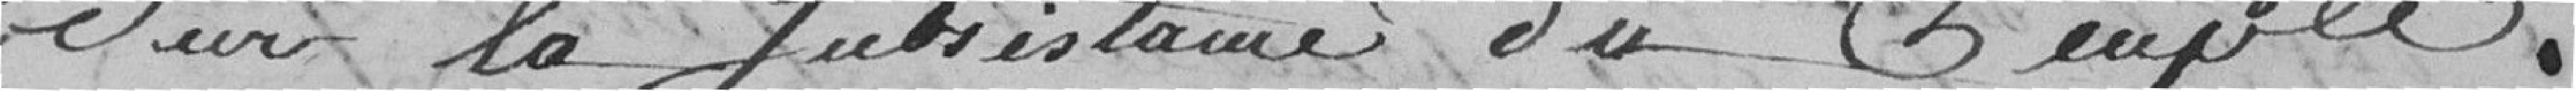
sur la subsistance du Peuple.